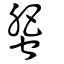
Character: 蜰